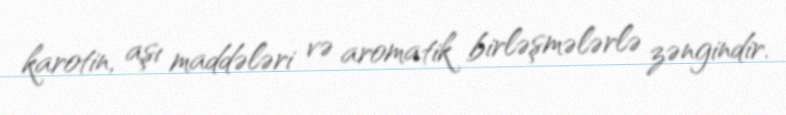
karotin, aşı maddələri və aromatik birləşmələrlə zəngindir.